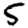
Digit: 5